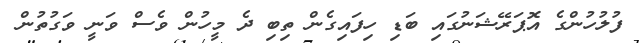
ފުލުހުންގެ އޮޕަރޭޝަނުގައި ބަޑި ހިފައިގެން ތިބި ދެ މީހުން ވެސް ވަނީ ވަގުތުން